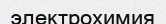
электрохимия